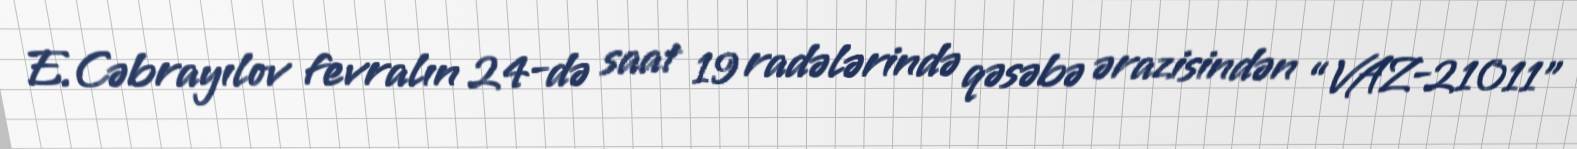
E.Cəbrayılov fevralın 24-də saat 19 radələrində qəsəbə ərazisindən “VAZ-21011”